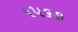
૧૫૬૭